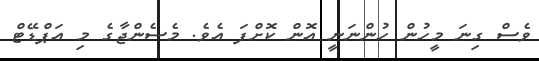
ވެސް ގިނަ މީހުން ހުންނަނީ އޮން ކޮށްފަ އެވެ. މެސެންޖާގެ މި އަޕްޑޭޓް